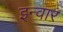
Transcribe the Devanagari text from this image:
इन्वार